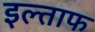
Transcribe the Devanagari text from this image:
इल्ताफ